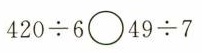
$$4 2 0 \div 6 \circ 4 9 \div 7$$